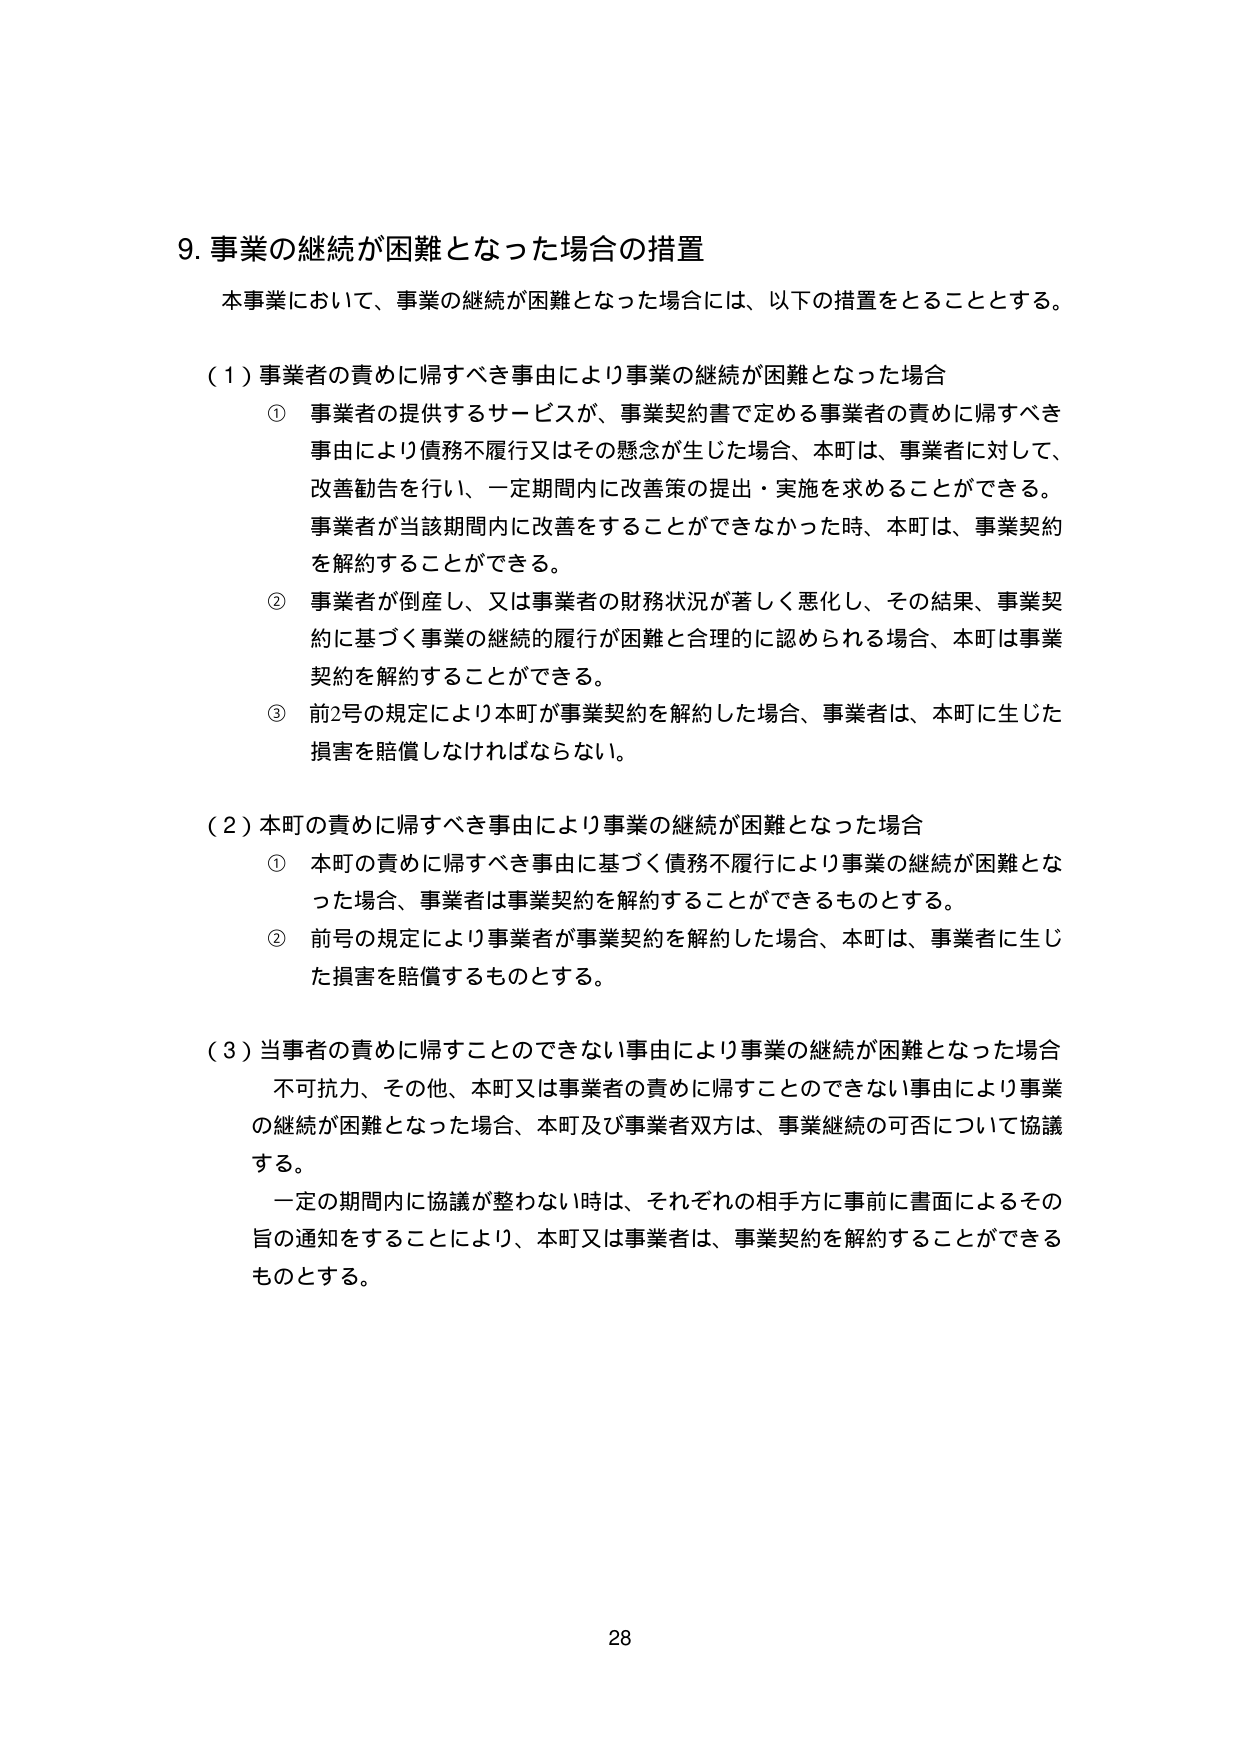
9. 事業の継続が困難となった場合の措置

本事業において、事業の継続が困難となった場合には、以下の措置をとることとする。

（1）事業者の責めに帰すべき事由により事業の継続が困難となった場合

① 事業者の提供するサービスが、事業契約書で定める事業者の責めに帰すべき事由により債務不履行又はその懸念が生じた場合、本町は、事業者に対して、改善勧告を行い、一定期間内に改善策の提出・実施を求めることができる。事業者が当該期間内に改善をすることができなかった時、本町は、事業契約を解約することができる。

② 事業者が倒産し、又は事業者の財務状況が著しく悪化し、その結果、事業契約に基づく事業の継続的履行が困難と合理的に認められる場合、本町は事業契約を解約することができる。

③ 前2号の規定により本町が事業契約を解約した場合、事業者は、本町に生じた損害を賠償しなければならない。

（2）本町の責めに帰すべき事由により事業の継続が困難となった場合

① 本町の責めに帰すべき事由に基づく債務不履行により事業の継続が困難となった場合、事業者は事業契約を解約することができるものとする。

② 前号の規定により事業者が事業契約を解約した場合、本町は、事業者に生じた損害を賠償するものとする。

（3）当事者の責めに帰すことのできない事由により事業の継続が困難となった場合

不可抗力、その他、本町又は事業者の責めに帰すことのできない事由により事業の継続が困難となった場合、本町及び事業者双方は、事業継続の可否について協議する。

一定の期間内に協議が整わない時は、それぞれの相手方に事前に書面によるその旨の通知をすることにより、本町又は事業者は、事業契約を解約することができるものとする。

28